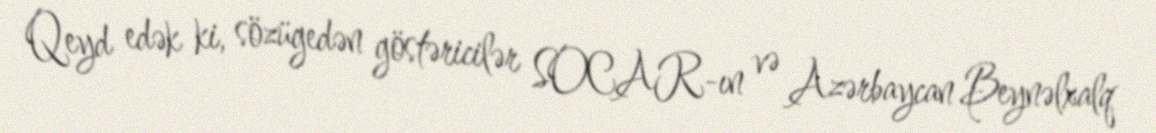
Qeyd edək ki, sözügedən göstəricilər SOCAR-ın və Azərbaycan Beynəlxalq